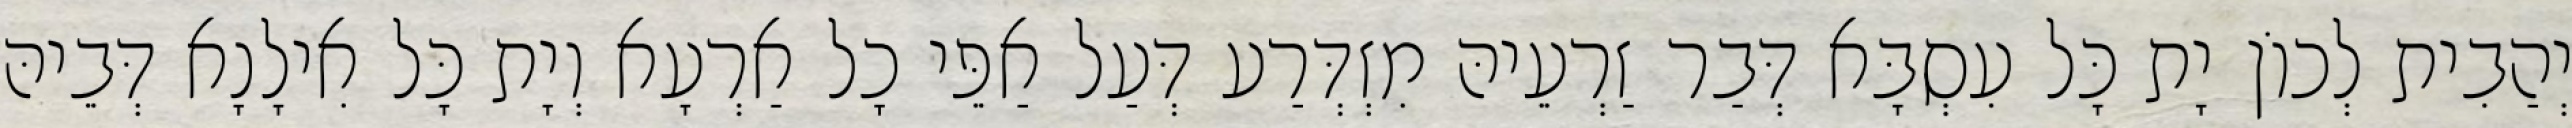
יְהַבִית לְכוֹן יָת כָּל עִסְבָּא דְּבַר זַרְעֵיהּ מִזְדְּרַע דְּעַל אַפֵּי כָל אַרְעָא וְיָת כָּל אִילָנָא דְּבֵיהּ